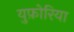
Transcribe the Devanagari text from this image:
युफ़ोरिया